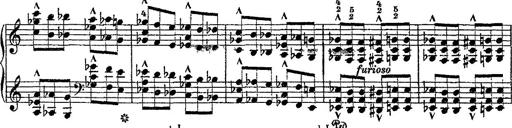
Title: Fantaisie romantique sur deux mÃ©lodies suisses
Composer: Franz Liszt